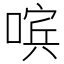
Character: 𰈚